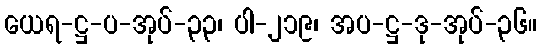
ယေရ-ဋ္ဌ-ပ-အုပ်-၃၃၊ ပါ-၂၁၉၊ အပ-ဋ္ဌ-ဒု-အုပ်-၃၆။